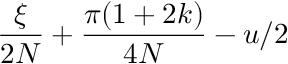
\frac { \xi } { 2 N } + \frac { \pi ( 1 + 2 k ) } { 4 N } - u / 2